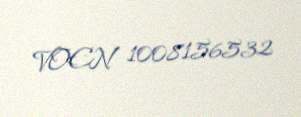
VOEN 1008156532